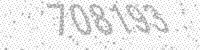
Solution: 708193